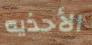
الأحذيه